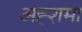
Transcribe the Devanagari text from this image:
अह्शमा